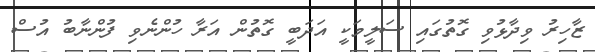
ޒާހިރު ވިދާޅުވި ގޮތުގައި ސަލީމަކީ އަދަބީ ގޮތުން އަރާ ހުންނެވި ފުންނާބު އުސް